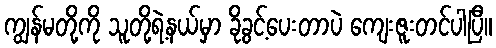
ကျွန်မတို့ကို သူတို့ရဲ့နယ်မှာ ခိုခွင့်ပေးတာပဲ ကျေးဇူးတင်ပါပြီ။